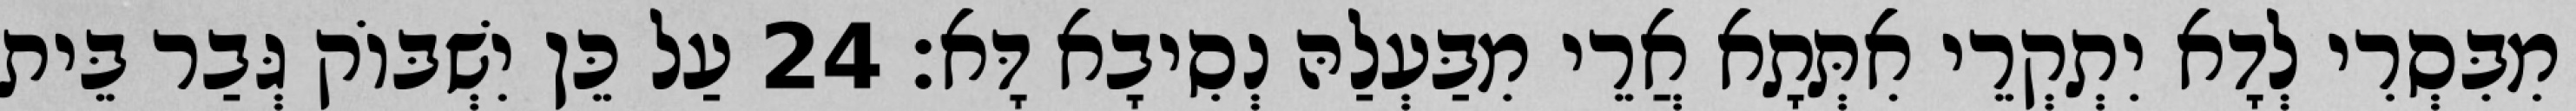
מִבִּסְרִי לְדָא יִתְקְרֵי אִתְּתָא אֲרֵי מִבַּעְלַהּ נְסִיבָא דָּא׃ 24 עַל כֵּן יִשְׁבּוֹק גְּבַר בֵּית